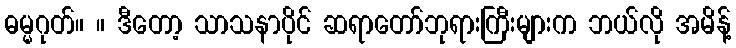
ဓမ္မဂုတ်။ ။ ဒီတော့ သာသနာပိုင် ဆရာတော်ဘုရားကြီးများက ဘယ်လို အမိန့်